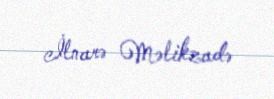
İlnarə Məlikzadə